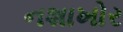
નશાખોર